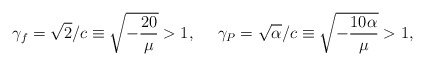
\begin{align*}\gamma_{f} = \sqrt{2}/c \equiv \sqrt{ - \frac{20}{\mu}}>1, ~~~~\gamma_{P} = \sqrt{\alpha}/c \equiv \sqrt{ - \frac{10 \alpha}{\mu}}> 1,\end{align*}